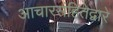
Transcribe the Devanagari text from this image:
आचारसंहितेद्वारे